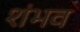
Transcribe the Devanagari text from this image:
शंभव